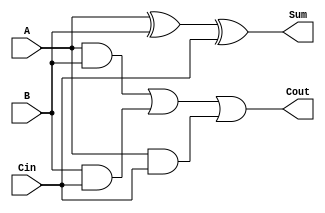
module full_adder (
    input wire A,      // First input bit
    input wire B,      // Second input bit
    input wire Cin,    // Carry-in bit
    output wire Sum,   // Sum output
    output wire Cout   // Carry-out output
);

// Internal signals for intermediate calculations
wire AxorB;         // Intermediate result of A XOR B
wire AandB;         // Intermediate result of A AND B
wire BandCin;       // Intermediate result of B AND Cin
wire AandCin;       // Intermediate result of A AND Cin

// Calculate Sum using XOR gates
assign AxorB = A ^ B;            // A XOR B
assign Sum = AxorB ^ Cin;        // (A XOR B) XOR Cin

// Calculate Cout using AND and OR gates
assign AandB = A & B;            // A AND B
assign BandCin = B & Cin;        // B AND Cin
assign AandCin = A & Cin;        // A AND Cin
assign Cout = AandB | BandCin | AandCin; // Cout = (A AND B) OR (B AND Cin) OR (A AND Cin)

endmodule